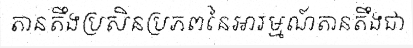
តានតឹងប្រសិនប្រភពនៃអារម្មណ៍តានតឹងជា